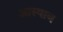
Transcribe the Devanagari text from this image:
आस्षाब